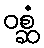
ဝစ္ဆံ